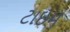
ટાઇમ